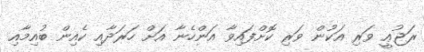
ރަޖުޢީ ވަރި އަކުން ވަރި ކޮށްފައިވާ އަންހެނާ އަށް ހަރަދާއި ކެއިން ބުއިމާއި